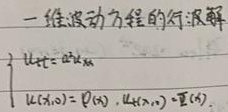
一维波动方程的行波解
\[
\begin{cases}
u_{tt}=a^{2}u_{xx}\\
u(x,0)=\varphi(x)，u_t(x,0)=\varPsi(x)
\end{cases}
\]